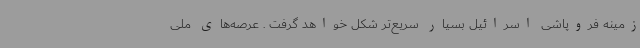
زمینه فروپاشی اسرائیل بسیار سریع‌تر شکل خواهد گرفت . عرصه‌های ملی